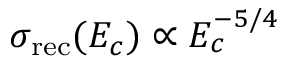
\sigma _ { \mathrm { r e c } } ( E _ { c } ) \propto E _ { c } ^ { - 5 / 4 }